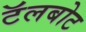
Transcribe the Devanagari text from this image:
टॅलबोट